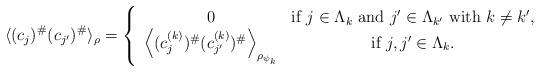
LaTeX: \begin{align*} \langle (c_j)^{\#} (c_{j'})^{\#} \rangle_{\rho} = \left\{ \begin{array}{cc} 0 & \mbox{if } j \in \Lambda_k \mbox{ and } j' \in \Lambda_{k'} \mbox{ with } k \neq k', \\\left\langle (c_j^{(k)})^{\#} (c_{j'}^{(k)})^{\#} \right\rangle_{\rho_{\psi_k}} & \mbox{if } j,j' \in \Lambda_k .\end{array} \right.\end{align*}